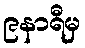
၉နာရီမှ